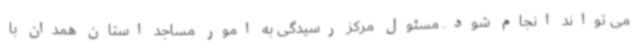
می تواند انجام شود. مسئول مرکز رسیدگی به امور مساجد استان همدان با